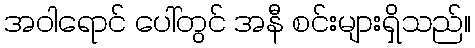
အဝါရောင် ပေါ်တွင် အနီ စင်းများရှိသည်။